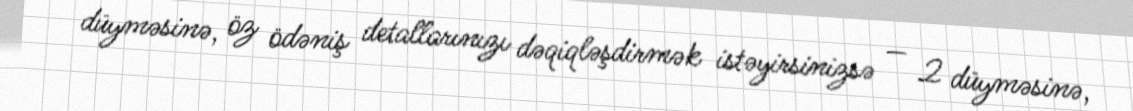
düyməsinə, öz ödəniş detallarınızı dəqiqləşdirmək istəyirsinizsə — 2 düyməsinə,